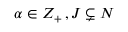
\alpha \in Z _ { + } \, , J \subsetneq N